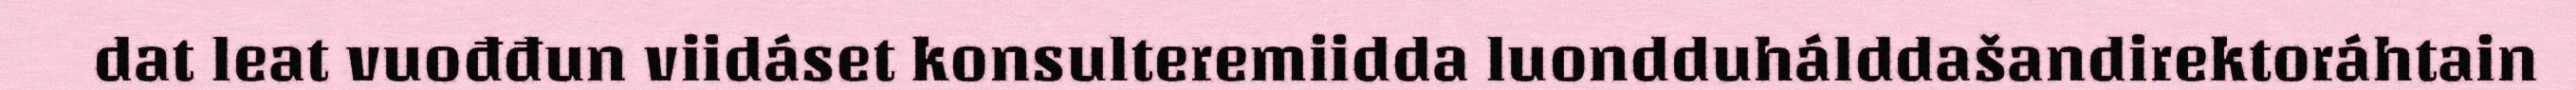
dat leat vuođđun viidáset konsulteremiidda luondduhálddašandirektoráhtain